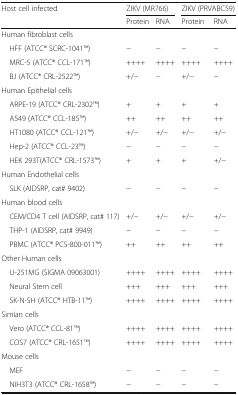
<table><thead><tr><td rowspan="2"><b>Host cell infected</b></td><td colspan="2"><b>ZIKV (MR766)</b></td><td colspan="2"><b>ZIKV (PRVABC59)</b></td></tr><tr><td><b>Protein</b></td><td><b>RNA</b></td><td><b>Protein</b></td><td><b>RNA</b></td></tr></thead><tbody><tr><td colspan="5">Human fibroblast cells</td></tr><tr><td> HFF (ATCC® SCRC-1041TM)</td><td>−</td><td>−</td><td>−</td><td>−</td></tr><tr><td> MRC-5 (ATCC® CCL-171TM)</td><td>++++</td><td>++++</td><td>++++</td><td>++++</td></tr><tr><td> BJ (ATCC® CRL-2522TM)</td><td>+/−</td><td>−</td><td>+/−</td><td>−</td></tr><tr><td colspan="5">Human Epithelial cells</td></tr><tr><td> ARPE-19 (ATCC® CRL-2302TM)</td><td>+</td><td>+</td><td>+</td><td>+</td></tr><tr><td> A549 (ATCC® CCL-185TM)</td><td>++</td><td>++</td><td>++</td><td>++</td></tr><tr><td> HT1080 (ATCC® CCL-121TM)</td><td>+/−</td><td>+/−</td><td>+/−</td><td>+/−</td></tr><tr><td> Hep-2 (ATCC® CCL-23TM)</td><td>−</td><td>−</td><td>−</td><td>−</td></tr><tr><td> HEK 293T(ATCC® CRL-1573TM)</td><td>+</td><td>+</td><td>+</td><td>+/−</td></tr><tr><td colspan="5">Human Endothelial cells</td></tr><tr><td> SLK (AIDSRP, cat# 9402)</td><td>−</td><td>−</td><td>−</td><td>−</td></tr><tr><td colspan="5">Human blood cells</td></tr><tr><td> CEM/CD4 T cell (AIDSRP, cat# 117)</td><td>+/−</td><td>+/−</td><td>+/−</td><td>+/−</td></tr><tr><td> THP-1 (AIDSRP, cat# 9949)</td><td>−</td><td>−</td><td>−</td><td>−</td></tr><tr><td> PBMC (ATCC® PCS-800-011TM)</td><td>++</td><td>++</td><td>++</td><td>++</td></tr><tr><td colspan="5">Other Human cells</td></tr><tr><td> U-251MG (SIGMA 09063001)</td><td>++++</td><td>++++</td><td>++++</td><td>++++</td></tr><tr><td> Neural Stem cell</td><td>+++</td><td>+++</td><td>+++</td><td>+++</td></tr><tr><td> SK-N-SH (ATCC® HTB-11TM)</td><td>++++</td><td>++++</td><td>++++</td><td>++++</td></tr><tr><td colspan="5">Simian cells</td></tr><tr><td> Vero (ATCC® CCL-81TM)</td><td>++++</td><td>++++</td><td>++++</td><td>++++</td></tr><tr><td> COS7 (ATCC® CRL-1651TM)</td><td>++++</td><td>++++</td><td>++++</td><td>++++</td></tr><tr><td colspan="5">Mouse cells</td></tr><tr><td> MEF</td><td>−</td><td>−</td><td>−</td><td>−</td></tr><tr><td> NIH3T3 (ATCC® CRL-1658TM)</td><td>−</td><td>−</td><td>−</td><td>−</td></tr></tbody></table>